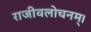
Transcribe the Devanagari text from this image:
राजीवलोचनम्‌।